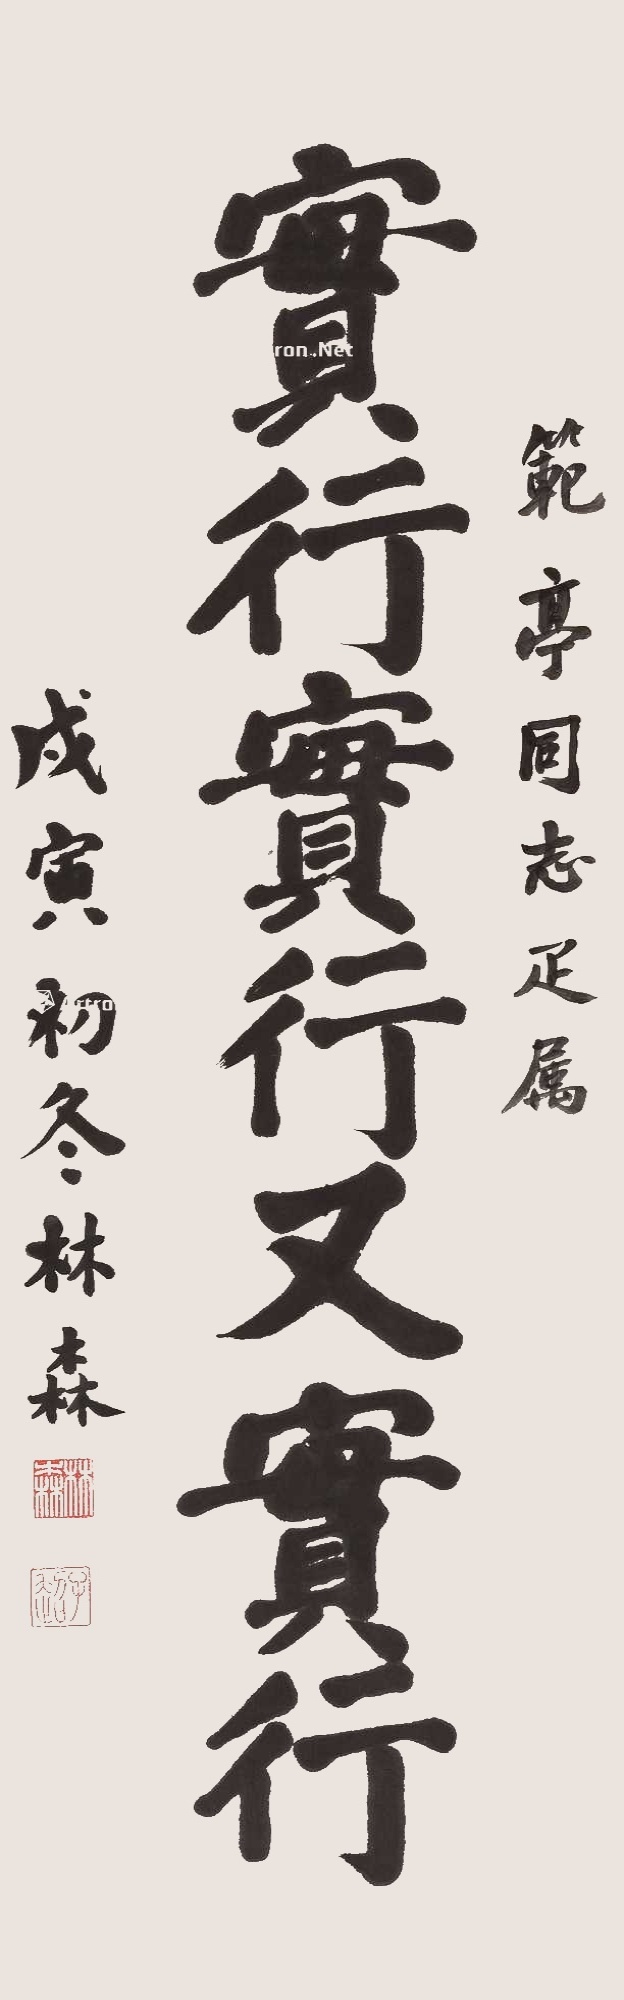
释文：实行实行又实行范亭同志雅属，戊寅初冬，林森。